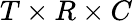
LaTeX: T\times R\times C